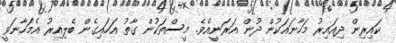
ކައިރިން ދިއައިރު މަހާނައަކުން ދުން އަރަނީއެވެ. މީސްތަކުން ގާތު އަހައިގެން ބެލިއިރު އެމަހާނަވީ